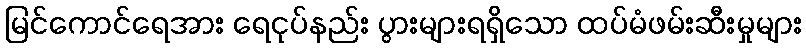
မြင်ကောင်ရေအား ရေငုပ်နည်း ပွားများရရှိသော ထပ်မံဖမ်းဆီးမှုများ